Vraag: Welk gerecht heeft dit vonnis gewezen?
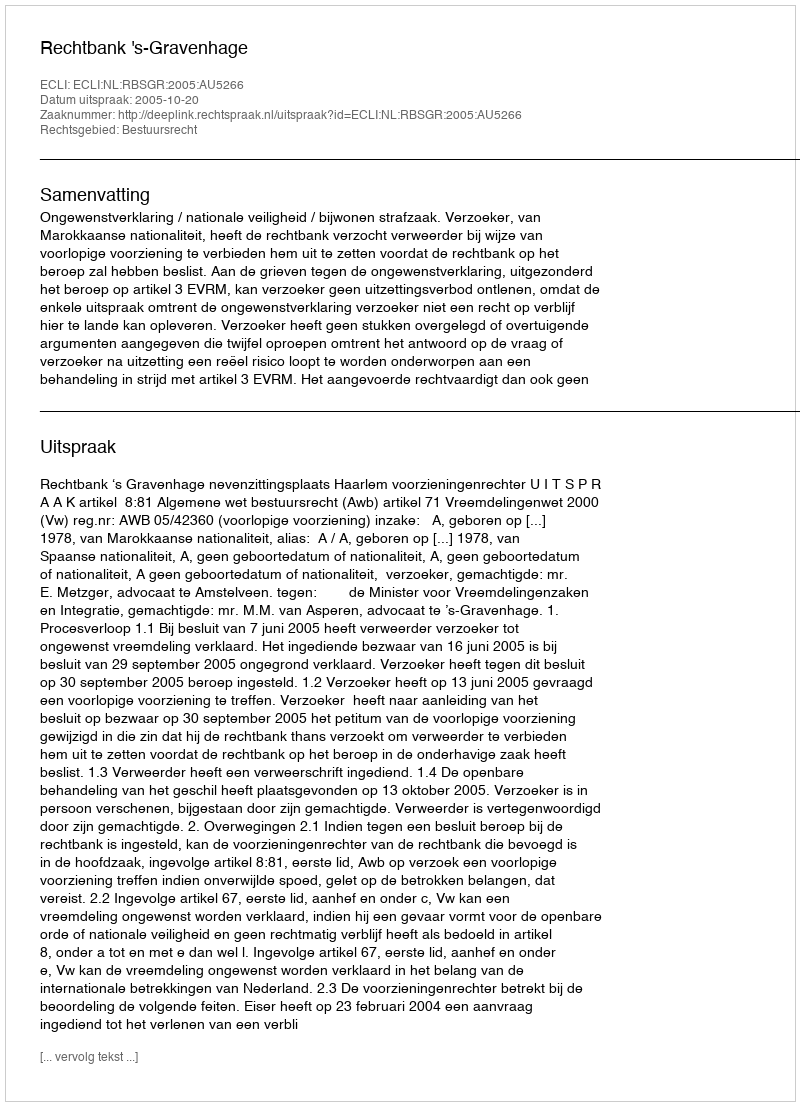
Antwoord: Rechtbank 's-Gravenhage